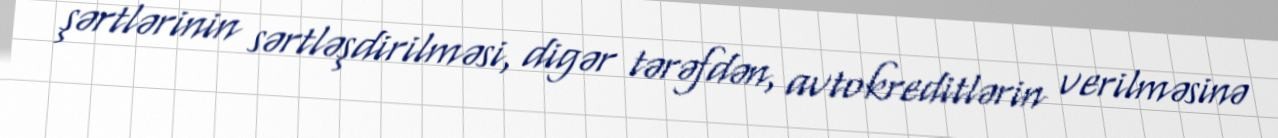
şərtlərinin sərtləşdirilməsi, digər tərəfdən, avtokreditlərin verilməsinə